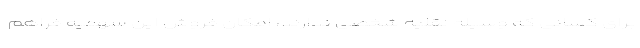
برای کسانی که وسیله نقلیه شخصی ندارند، امکان فروش این سهمیه فراهم